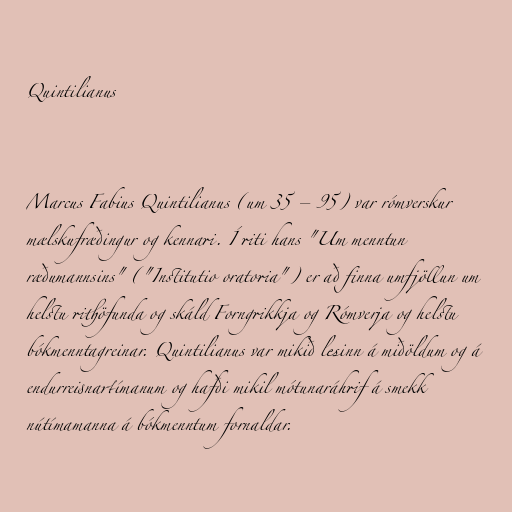
Quintilianus

Marcus Fabius Quintilianus (um 35 – 95) var rómverskur
mælskufræðingur og kennari. Í riti hans "Um menntun
ræðumannsins" ("Institutio oratoria") er að finna umfjöllun um
helstu rithöfunda og skáld Forngrikkja og Rómverja og helstu
bókmenntagreinar. Quintilianus var mikið lesinn á miðöldum og á
endurreisnartímanum og hafði mikil mótunaráhrif á smekk
nútímamanna á bókmenntum fornaldar.